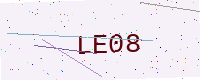
Text: LE08